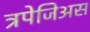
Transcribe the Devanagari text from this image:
त्रपेजिअस